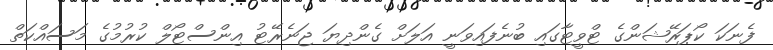
ފެނަކަ ކޯޕަރޭޝަންގެ ޓްވީޓާގައި ބުނެފައިވަނީ އަލަށް ގެންދިޔަ ޖަނެރޭޓު އިންސްޓޯލް ކުރުމުގެ މަސައްކަތް